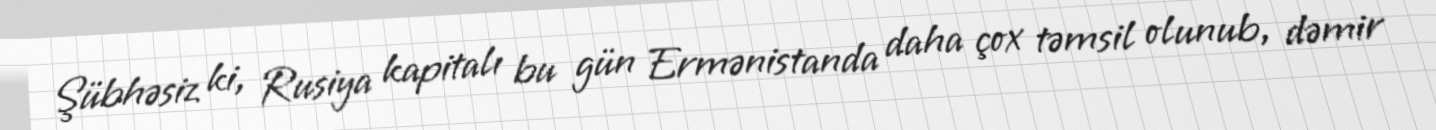
Şübhəsiz ki, Rusiya kapitalı bu gün Ermənistanda daha çox təmsil olunub, dəmir